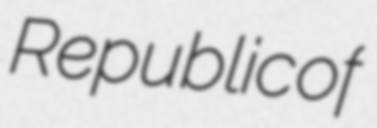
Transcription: Republic of